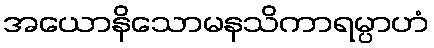
အယောနိသောမနသိကာရမ္ပာဟံ